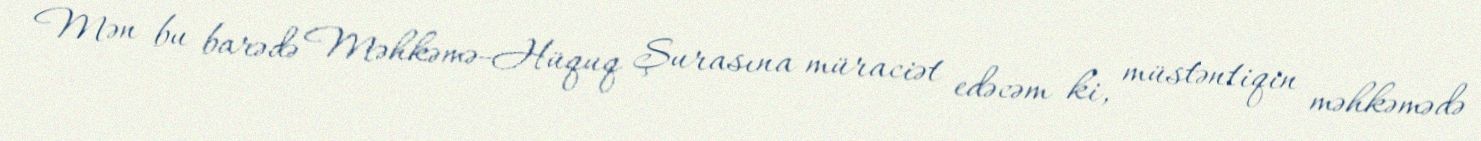
Mən bu barədə Məhkəmə-Hüquq Şurasına müraciət edəcəm ki, müstəntiqin məhkəmədə